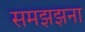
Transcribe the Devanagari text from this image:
समझझना